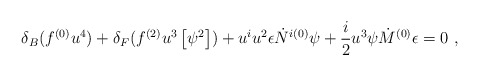
\begin{align*}\delta_B ( f^{(0)} u^4 ) + \delta_F ( f^{(2)} u^3 \left[ \psi^2 \right] )+ u^i u^2 \epsilon \dot{N}^{i(0)} \psi+ \frac{i}{2} u^3 \psi \dot{M}^{(0)} \epsilon=0 ~,\end{align*}